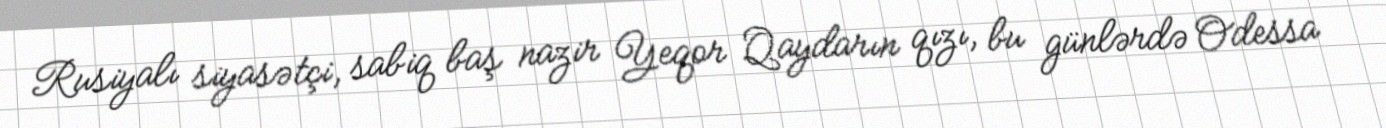
Rusiyalı siyasətçi, sabiq baş nazir Yeqor Qaydarın qızı, bu günlərdə Odessa